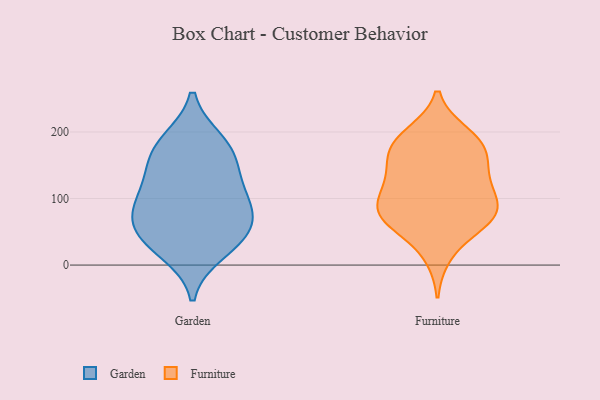
{"axis": {"x": "Latency (ms)", "y": "Value"}, "legend": ["Furniture", "Garden"], "data": [{"x": "", "y": 147, "type": "Garden"}, {"x": "", "y": 181, "type": "Garden"}, {"x": "", "y": 35, "type": "Garden"}, {"x": "", "y": 186, "type": "Garden"}, {"x": "", "y": 97, "type": "Garden"}, {"x": "", "y": 53, "type": "Garden"}, {"x": "", "y": 69, "type": "Garden"}, {"x": "", "y": 156, "type": "Garden"}, {"x": "", "y": 95, "type": "Garden"}, {"x": "", "y": 108, "type": "Garden"}, {"x": "", "y": 53, "type": "Garden"}, {"x": "", "y": 20, "type": "Garden"}, {"x": "", "y": 165, "type": "Furniture"}, {"x": "", "y": 72, "type": "Furniture"}, {"x": "", "y": 187, "type": "Furniture"}, {"x": "", "y": 113, "type": "Furniture"}, {"x": "", "y": 197, "type": "Furniture"}, {"x": "", "y": 54, "type": "Furniture"}, {"x": "", "y": 92, "type": "Furniture"}, {"x": "", "y": 79, "type": "Furniture"}, {"x": "", "y": 72, "type": "Furniture"}, {"x": "", "y": 15, "type": "Furniture"}, {"x": "", "y": 173, "type": "Furniture"}, {"x": "", "y": 130, "type": "Furniture"}, {"x": "", "y": 114, "type": "Furniture"}, {"x": "", "y": 82, "type": "Furniture"}, {"x": "", "y": 138, "type": "Furniture"}, {"x": "", "y": 70, "type": "Furniture"}, {"x": "", "y": 192, "type": "Furniture"}, {"x": "", "y": 161, "type": "Furniture"}]}